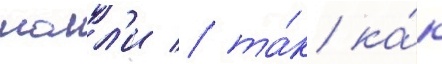
молл'и / та́к ка́к